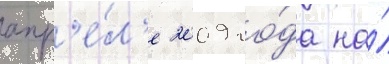
апр'е́л'е 2009 го́да на́